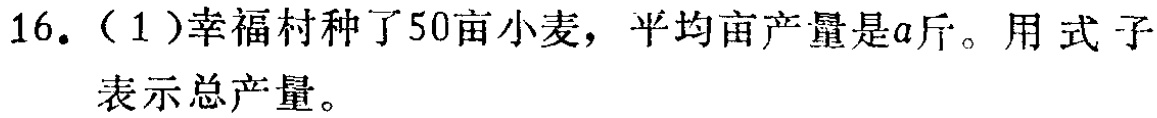
16.（1）幸福村种了50亩小麦，平均亩产量是\(a\)斤。用式子表示总产量。